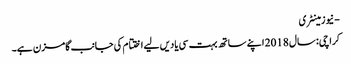
- نیوزمینٹری
کراچی: سال 2018 اپنے ساتھ بہت سی یادیں لیے اختتام کی جانب گامزن ہے۔